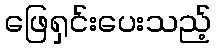
ဖြေရှင်းပေးသည့်